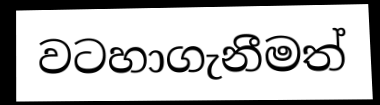
වටහාගැනීමත්